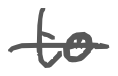
Text: to
Cross-out: single-line
Writing tool: digital_gray